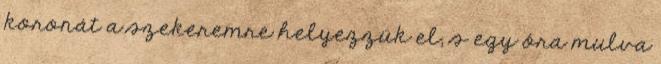
koronát a szekeremre helyezzük el, s egy óra mulva